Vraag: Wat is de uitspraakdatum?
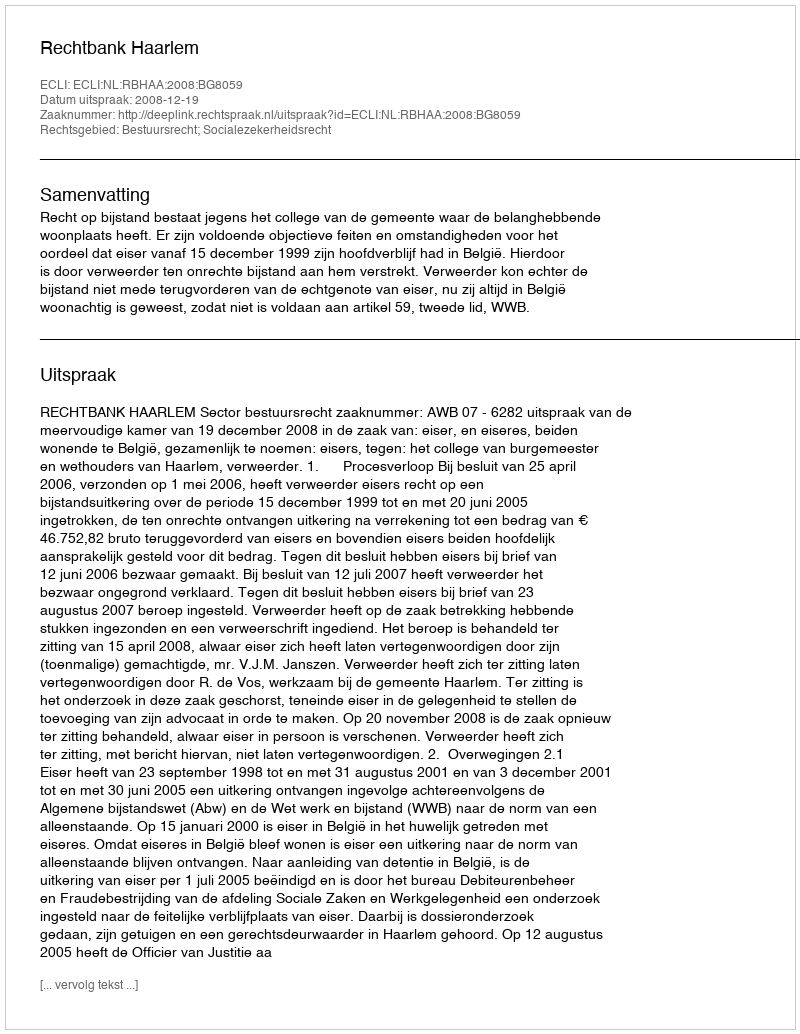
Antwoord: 2008-12-19